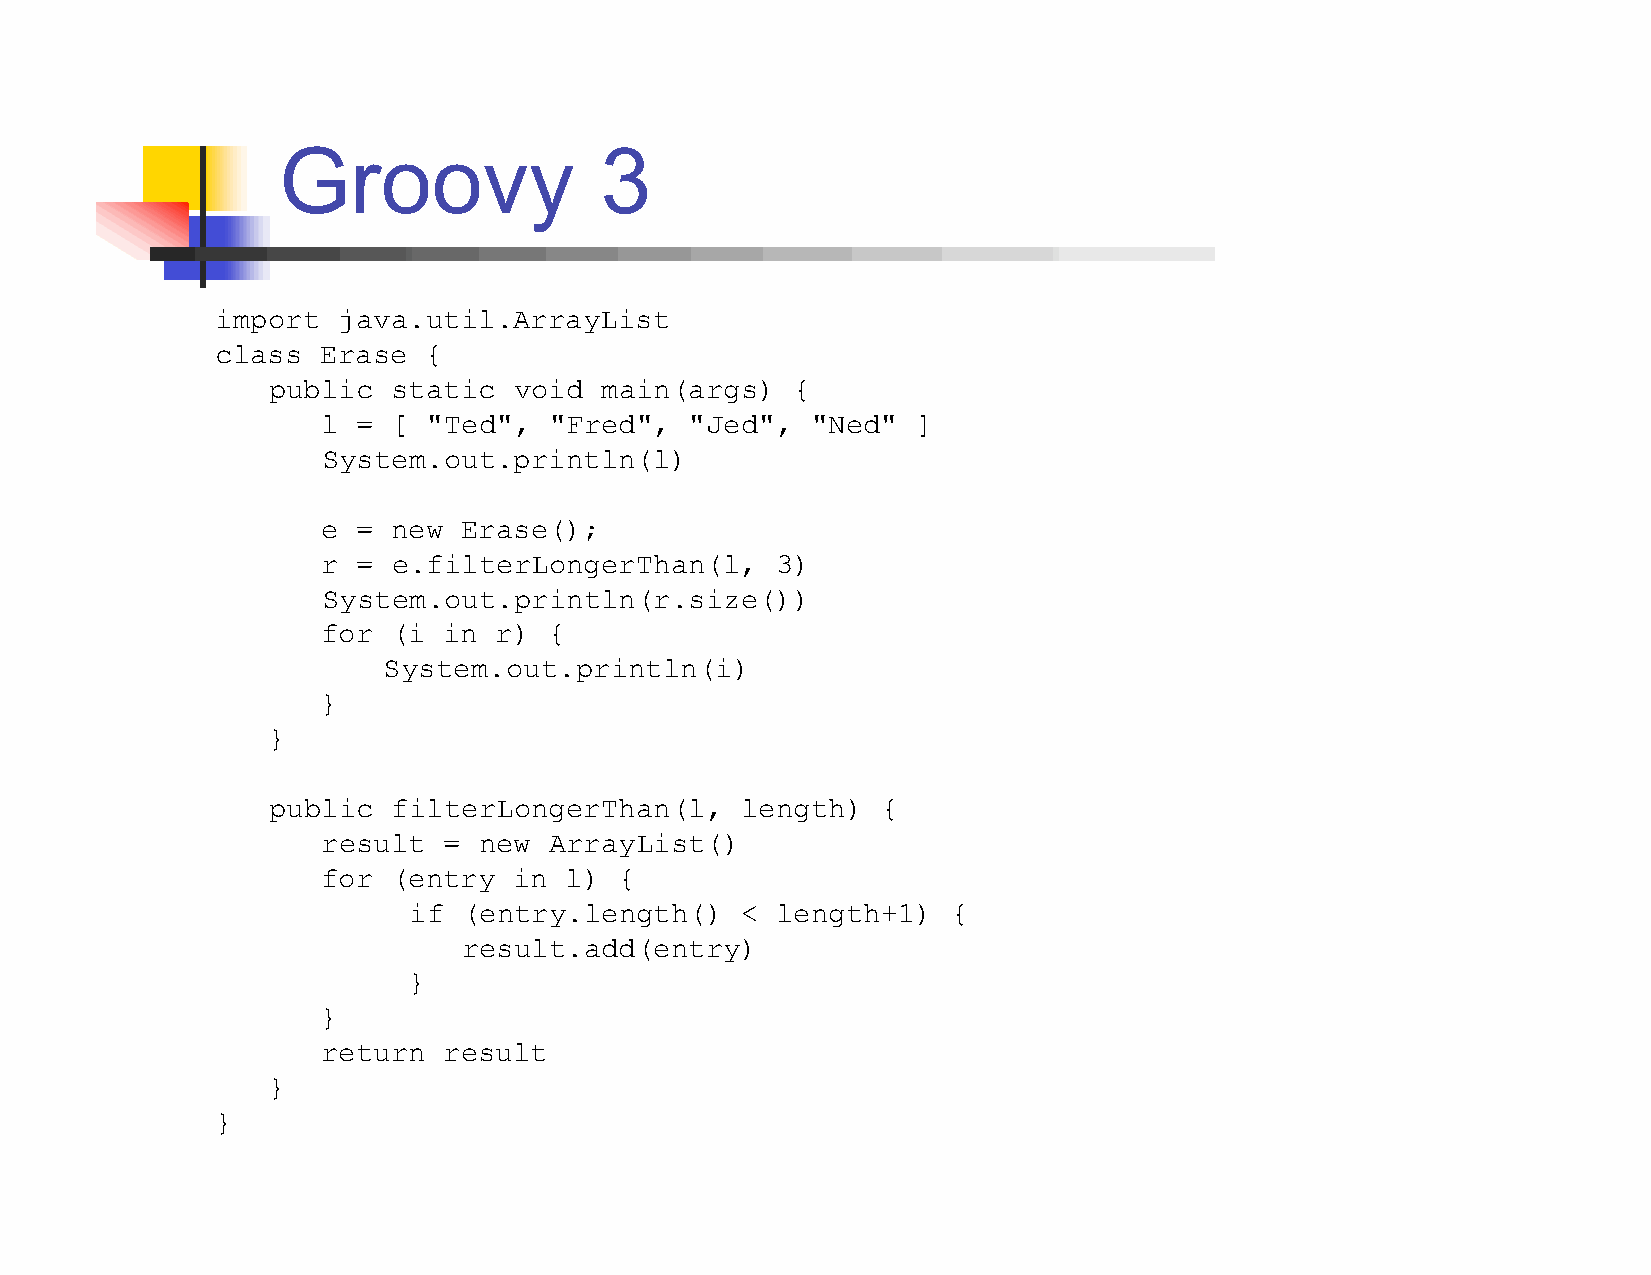
Groovy                3
 import  java.util.ArrayList
 class  Erase  {
 public  static  void  main(args)  {
 l  = [ "Ted",  "Fred",   "Jed",  "Ned"  ]
 System.out.println(l)
 e  = new Erase();
 r  = e.filterLongerThan(l,    3)
 System.out.println(r.size())
 for  (i in  r) {
 System.out.println(i)
 }
 }
 public  filterLongerThan(l,    length)  {
 result  =  new ArrayList()
 for  (entry  in l)  {
 if  (entry.length()   < length+1)   {
 result.add(entry)
 }
 }
 return  result
 }
 }